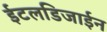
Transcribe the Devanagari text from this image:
ईटलडिजाईन